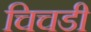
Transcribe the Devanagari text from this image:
चिचडी